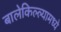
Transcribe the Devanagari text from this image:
बालेकिल्ल्यामध्ये